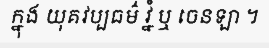
ក្នុង យុគវប្បធម៌ វ្នំ ឬ ចេនឡា ។